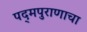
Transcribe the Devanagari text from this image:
पद्‌मपुराणाचा